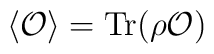
\langle {\cal O}\rangle = {\rm Tr}(\rho {\cal O})